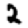
Digit: 2